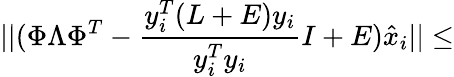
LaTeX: \vert\vert(\Phi\Lambda\Phi^{T}-\frac{y_{i}^{T}(L+E)y_{i}}{y_{i}^{T}y_{i}}I+E)\hat{x}_{i}\vert\vert\leq